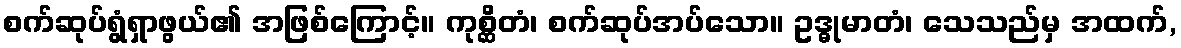
စက်ဆုပ်ရွံရှာဖွယ်၏ အဖြစ်ကြောင့်။ ကုစ္ဆိတံ၊ စက်ဆုပ်အပ်သော။ ဥဒ္ဓုမာတံ၊ သေသည်မှ အထက်,